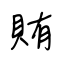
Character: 賄